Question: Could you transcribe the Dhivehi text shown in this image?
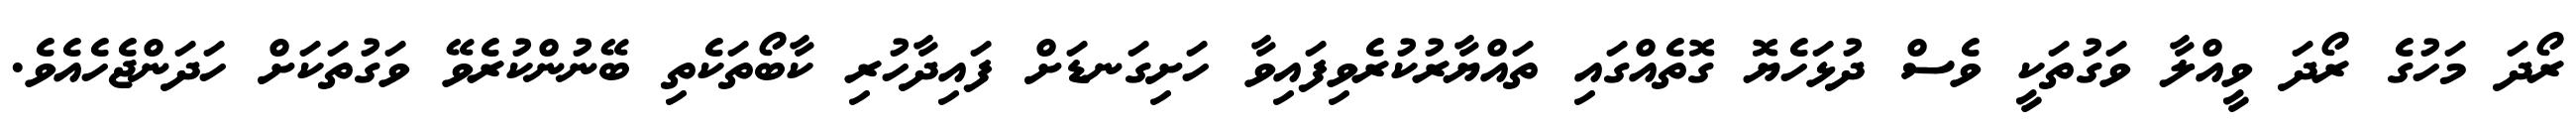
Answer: ރޯދަ މަހުގެ ރޯދަ ވީއްލާ ވަގުތަކީ ވެސް ދުޅަހެޔޮ ގޮތެއްގައި ތައްޔާރުކުރެވިފައިވާ ހަށިގަނޑަށް ފައިދާހުރި ކާބޯތަކެތި ބޭނުންކުރެވޭ ވަގުތަކަށް ހަދަންޖެހެއެވެ.